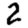
Digit: 2